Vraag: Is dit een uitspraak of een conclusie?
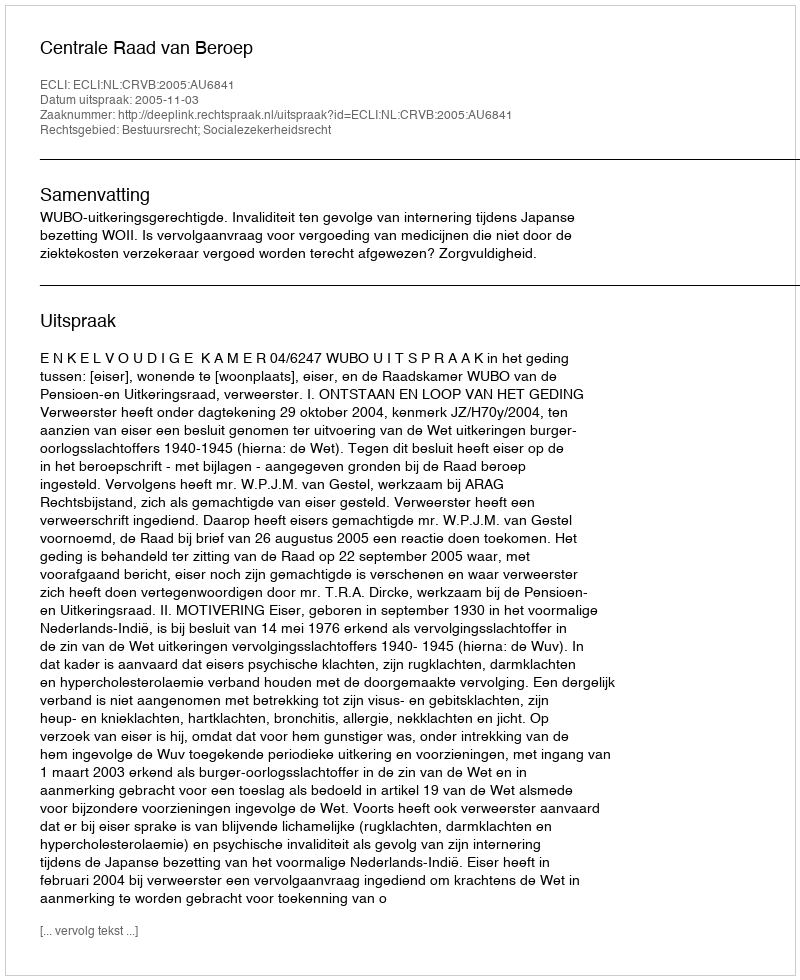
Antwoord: Uitspraak